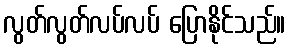
လွတ်လွတ်လပ်လပ် ပြောနိုင်သည်။